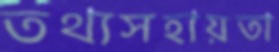
তথ্যসহায়তা